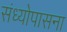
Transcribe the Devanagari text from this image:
संध्योपासना